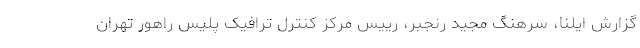
گزارش ایلنا، سرهنگ مجید رنجبر، رییس مرکز کنترل ترافیک پلیس راهور تهران